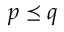
\boldsymbol { p } \preceq \boldsymbol { q }